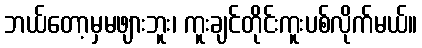
ဘယ်တော့မှမဖျားဘူး၊ ကူးချင်တိုင်းကူးပစ်လိုက်မယ်။